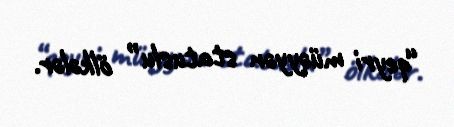
“qeyri müəyyən statuslu” ölkələr.